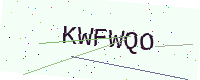
Text: KWFWQO